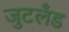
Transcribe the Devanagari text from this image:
जुटलँड